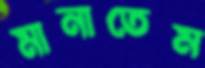
মানাতেম